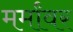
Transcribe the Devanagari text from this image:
मर्मांवर